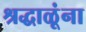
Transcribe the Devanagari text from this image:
श्रद्धाळूंना